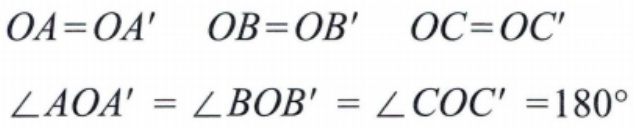
\[

\begin{align*}

OA&=OA' \quad OB = OB' \quad OC=OC'\\

\angle AOA'&=\angle BOB'=\angle COC' = 180^{\circ}

\end{align*}

\]